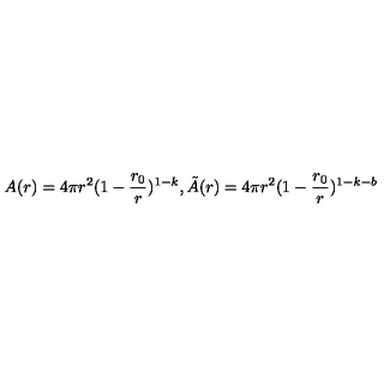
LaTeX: A ( r ) = 4 \pi r ^ { 2 } ( 1 - \frac { r _ { 0 } } { r } ) ^ { 1 - k } , \tilde { A } ( r ) = 4 \pi r ^ { 2 } ( 1 - \frac { r _ { 0 } } { r } ) ^ { 1 - k - b }